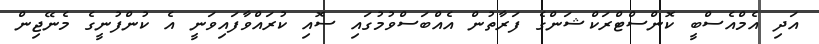
އަދި އެމްއެސްބީ ކޮންސްޓްރަކްޝަންގެ ފަރާތުން އެއްބަސްވުމުގައި ސޮއި ކުރައްވާފައިވަނީ އެ ކުންފުނީގެ މެނޭޖިން